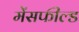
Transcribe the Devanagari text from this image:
मेंसफील्ड